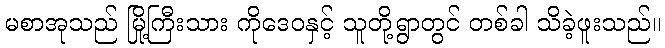
မစာအုသည် မြို့ကြီးသား ကိုဒေဝနှင့် သူတို့ရွာတွင် တစ်ခါ သိခဲ့ဖူးသည်။